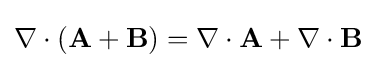
\nabla \cdot (\mathbf {A} +\mathbf {B} )=\nabla \cdot \mathbf {A} +\nabla \cdot \mathbf {B}